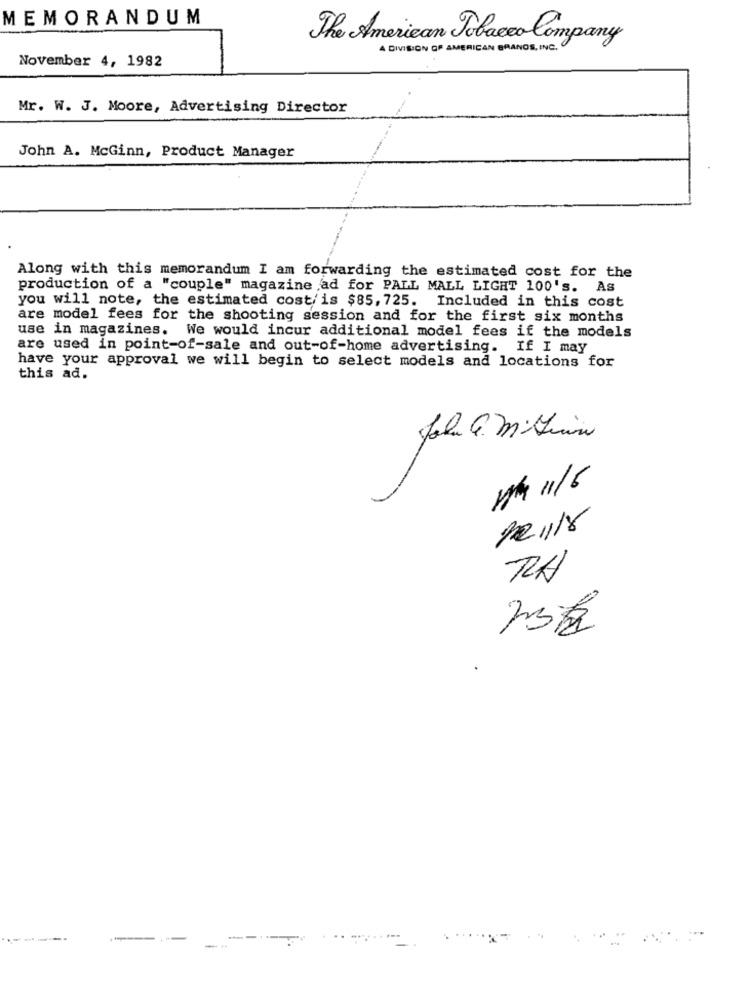
MEMORANDUM
The American Tobacco Company
A DIVISION OF AMERICAN BRANDS, INC.
November 4, 1982
Mr. W. J. Moore, Advertising Director
John A. McGinn, Product Manager
Along with this memorandum I am forwarding the estimated cost for the
production of a "couple" magazine ad for PALL MALL LIGHT 100's. AS
you will note, the estimated cost/is $85, 725. Included in this cost
are model fees for the shooting session and for the first six months
use in magazines. We would incur additional model fees if the models
are used in point-of-sale and out-of-home advertising. If I may
have your approval we will begin to select models and locations for
this ad.
v/ 11/6
RA